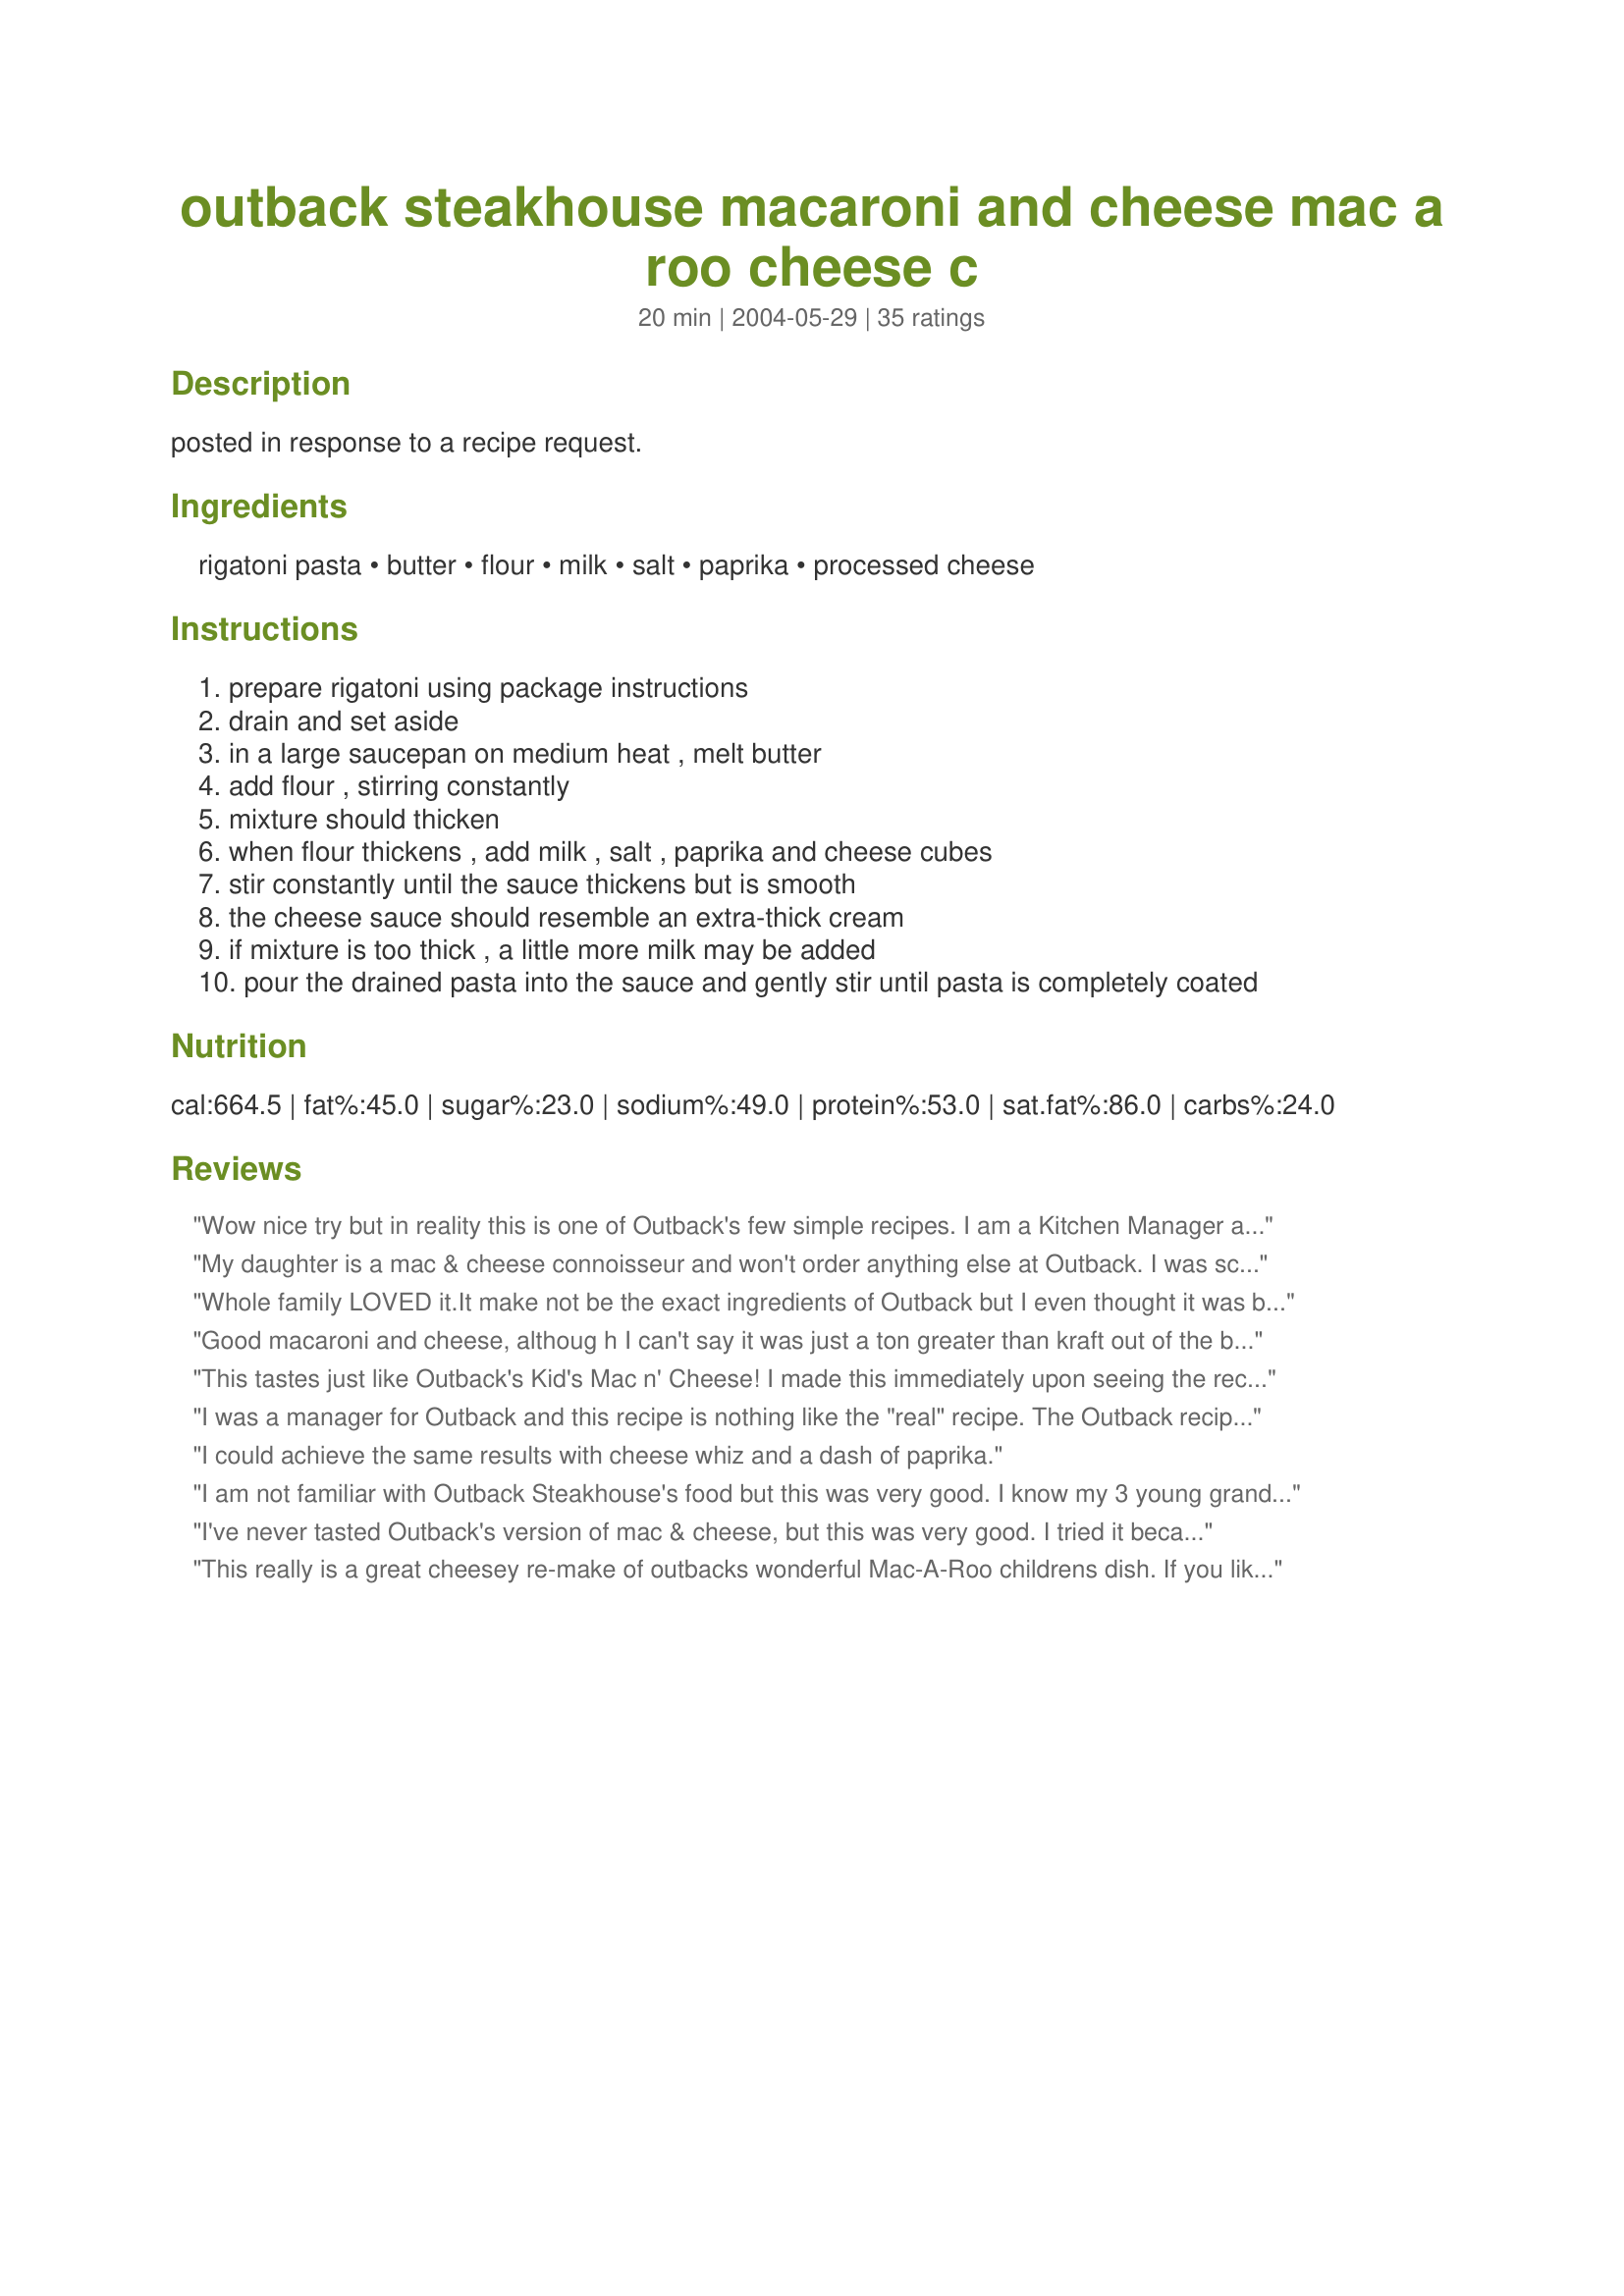
outback steakhouse macaroni and cheese mac a roo cheese c
Preparation time: 20 minutes

posted in response to a recipe request.

Ingredients:
rigatoni pasta, butter, flour, milk, salt, paprika, processed cheese

Steps:
prepare rigatoni using package instructions
drain and set aside
in a large saucepan on medium heat , melt butter
add flour , stirring constantly
mixture should thicken
when flour thickens , add milk , salt , paprika and cheese cubes
stir constantly until the sauce thickens but is smooth
the cheese sauce should resemble an extra-thick cream
if mixture is too thick , a little more milk may be added
pour the drained pasta into the sauce and gently stir until pasta is completely coated

Reviews:
Wow nice try but in reality this is one of Outback's few simple recipes. I am a Kitchen Manager at Outback Steakhouse, and you managed to screw up one of our simplest recipes.
My daughter is a mac & cheese connoisseur and won't order anything else at Outback. I was sceptical, but this was exactly like Outback's. She LOVED it!! Follow the recipe exactly - no substitutions....
Whole family LOVED it.It make not be the exact ingredients of Outback but I even thought it was better than the original as did the rest of the family1
Good macaroni and cheese, althoug h I can't say it was just a ton greater than kraft out of the box (and I really like outback's). I'd probably add some broccoli or aspargus to this next time. It needed a lot of pepper to make it good. It was definitely lacking something that outback's has- not sure was, but whatever it is that makes outback's special!
This tastes just like Outback's Kid's Mac n' Cheese! I made this immediately upon seeing the recipe since my kids love their Macaroni and Cheese so much. Follow the directions exactly and I would use mostaccioli noodles or penne noodles without the lines for the authentic dish, not rigatoni. At least that is how they serve it here in Michigan. Yummy!!!
I was a manager for Outback and this recipe is nothing like the "real" recipe. The Outback recipe only uses Velveeta, cream, and cooked penne pasta.
I could achieve the same results with cheese whiz and a dash of paprika.
I am not familiar with Outback Steakhouse's food but this was very good. I know my 3 young grandchildren will love it! Thanks for sharing!!
I've never tasted Outback's version of mac & cheese, but this was very good. I tried it because I wanted a recipe for macaroni and cheese that didn't require baking. I used 12 ounces of veggie-spiral pasta, and except for using 1/2 cup fat-free half & half as part of the 1 and 1/2 cups milk, I followed the recipe exactly. Next time I would cook the sauce a little longer, because I could really taste the flour. But this is definitely a good, quick and satisfying side dish. Thanks!
This really is a great cheesey re-make of outbacks wonderful Mac-A-Roo childrens dish. If you like Outback's you'll like this one! A little bit time consuming for a mac-n-cheese meal, but it's worth it!
My Aunt got this recipe and now it is the like the best meal she makes...it is so delicious. I love it! Take it from an eleven year old who knows
Very close ,but you're overcomplicating it. =) It's literally Penne pasta, and equal parts heavy cream and Velveeta. So you would melt 4oz. of cheese with 4oz. of heavy cream and pour it over the pasta and toss. I know this for a fact. Wink-wink. =)
I made this the other night because my boyfriend is a picky eater who loves the boxed stuff and I was wanting to try something a little different. I didn't have any rigatoni around so I used regular elbow mac but it was still so good. I thought it tasted a little fancier than the boxed stuff and my boyfriend loved it too. Thanks for sharing this.
Yay for Outback Mac!! My kids LOVE this stuff. My husband loves it even more! We are big Outback fans and all share a love for Mac-A-Roos. To be able to take this recipe "home" is almost like heaven! Maybe the ingredients aren't exactly the same as Outback (which, in my opinion is a smart thing...), but the taste is EXACTLY the same!

Thanks so much for posting this recipe, Kzim4! I am (almost) in debt to you!
Excellent mac & cheese. Very creamy & cheesy.
I really liked the suggestion rkdance added. I used a sweet onion and it really tasted great! I also didn't use butter but thickened the milk then went on from there.
Not only is it easy to make, my kids LOVE it.
Definitely will not make again. This tasted like I was eating pasta with melted velveeta cheese. That was what is was anyways!! It resembled Outback's pasta and had the same consistency, but the taste was not the same.
Great mac and cheese although I do think it needs a little more spice - very easy to make too!! perfect for a quick lunch!!
very yummy! I love the sauce its not to thick or to cheesey.
This was easy to make and everyone liked it. thanks for the recipe.
This is always a holiday dinner staple. We love it!
This is not an outaback copycat. Have not made it, but just looking at ingredients i know it's not it. Having eaten there many, many times, i can tell you it has a blend of two cheese's. one white and one yellow but i haven't figured them out yet. I keep on searching recipe sites and to no avail yet......
I loved this recipe mostly because it wasn't as heavy as a lot of mac and cheese dishes are. Very good and SO easy!
I made this last night for my sister who loves outbacks mac and cheese! She loved it and actually thought it was better! I would make one change and use penne pasta and not the rigatoni because she said outback uses a small penne. Thanks for sharing we will be making this again!
I had some Kraft Singles in the fridge & wanted to make them into mac & cheese: this was a good one! I did saute a little onion before adding the flour as suggested by rkdance. Next time I might put breadcrumbs or french fried onions on top & broil a few min.
Audie521 has got it right! 4 oz. of cheese with penne pasta in microwave, then add 4 oz. of heavy cream and stir. I also know this for a fact LOL :D
This turned out great though I adapted it a bit. I sauted 1/2 an onion and then added the flour. I used 5 oz sharp cheddar and 3 oz velveta. I mixed pasta, sauce and steamed broccoli and put in a 13x9 glass pan and sprinkled another cup of cheddar on top and stuck it under the broiler for a few minutes before serving. Delicious! Next time I am going to put a breadcrumb topping on it.
So good! I made this last night - I was craving mac and cheese. Can't believe how easy and tasty this was! Only change I made was using colby jack cheese instead of processed as that was all I had. Thanks Kzim4!
This recipe is spot on and just like Outbacks Mac-a-roo and cheese. My kids thank you Kzim4!!!
I have 4 children who LOVE Outback mac and cheese. In fact, it is the only mac and cheese my 6 year old daughter will eat. I have tried penne pasta and alfredo sauce but no go. Finally, I have found the recipe I needed. She said it was better than Outback!!! I have to agree that it is better--of course, I am not fond of their mac and cheese. But, if you are looking for that taste, then this is definitely the perfect recipe. It was very easy to make and I made it as directed. I did double the sauce because I only had a 16-oz box of penne pasta. There was more than enough sauce.
I've never had the Outback Mac and Cheese, but this recipe is a keeper, and anyone who loved the box stuff (me) would probably like this. A couple of things I did different, I used cornstarch instead of flour, and added more salt and pepper as well. The cheese sauce seems to look very thin when cooking but comes out great. Thanks for the recipe!
This was really good. Very similar to Outbacks. The next time I may either lessen the flour or just cook it longer because I could definitely taste the flour. Otherwise, the kids really enjoyed this and it was nice not to have to bake the mac and cheese.
My boyfriend, and his father had seconds... so did I! It was fantastic. I'm a huge fan of the outback and everything they serve. Nice one!


"Some of the best macaroni and cheese I've ever eaten." Actual quote! I loved the texture.
